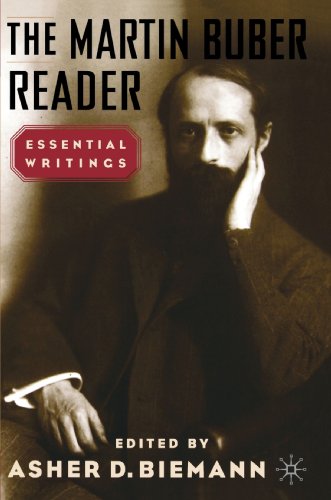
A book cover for The Martin Buber Reader; Religion & Spirituality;